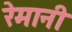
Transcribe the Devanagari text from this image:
रेमानी